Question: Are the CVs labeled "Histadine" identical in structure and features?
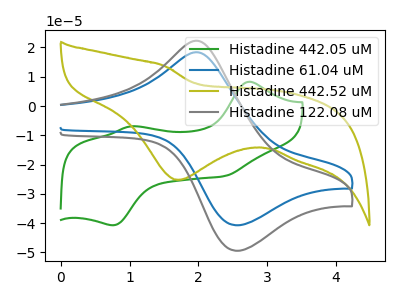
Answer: <think>The green curve "Histadine 442.05 uM" has anodic peaks at (2.75V, 8.25uA) (1.00V, -6.95uA) and cathodic peaks at (2.40V, -23.95uA) (0.75V, -40.70uA). The blue curve "Histadine 61.04 uM" has an anodic peak at (2.00V, 18.20uA) and a cathodic peak at (2.55V, -40.70uA). The olive curve "Histadine 442.52 uM" has a cathodic peak at: (1.70V, -25.25uA). The gray curve "Histadine 122.08 uM" has an anodic peak at (2.00V, 22.10uA) and a cathodic peak at (2.55V, -49.45uA).
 "Histadine 442.05 uM" and "Histadine 61.04 uM" have a different number of peaks. "Histadine 442.05 uM" and "Histadine 442.52 uM" have a different number of peaks. "Histadine 442.05 uM" and "Histadine 122.08 uM" have a different number of peaks. "Histadine 61.04 uM" and "Histadine 442.52 uM" have a different number of peaks. All the peaks in "Histadine 61.04 uM" have a peak in "Histadine 122.08 uM" at the same potential. Every peak in "Histadine 61.04 uM" is lower than every peak in "Histadine 122.08 uM". "Histadine 442.52 uM" and "Histadine 122.08 uM" have a different number of peaks.</think>
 <answer>All the CV's of "Histadine" have similar shape.</answer>
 <eval>follow_rule</eval>